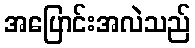
အပြောင်းအလဲသည်